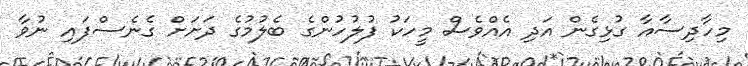
މިހާދިސާއާ ގުޅިގެން އަދި އެއްވެސް މީހަކު ފުލުހުންގެ ބެލުމުގެ ދަށަށް ގެނެސްފައި ނުވާ